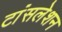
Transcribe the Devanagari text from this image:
टांंसलेशन